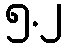
၅.၂